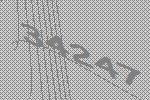
34247